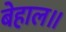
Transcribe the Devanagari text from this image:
बेहाल॥